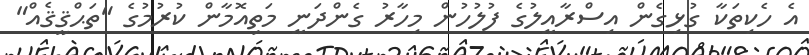
އެ ހެކިތަކާ ގުޅިގެން އިސްރާއީލުގެ ފުލުހުން މިހާރު ގެންދަނީ މަތިއޮމާން ކުރުމުގެ "ތަޙްޤީޤެއް"